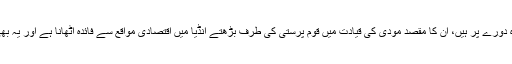
امریکی صدر ڈونلڈ ٹرمپ انڈیا کے دو روزہ دورے پر ہیں، ان کا مقصد مودی کی قیادت میں قوم پرستی کی طرف بڑھتے انڈیا میں اقتصادی مواقع سے فائدہ اٹھانا ہے اور یہ بھی کہ انڈیا کو چین کے مقابل تیار کیا جائے۔